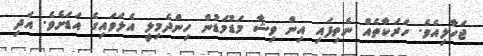
ޖަހާލިއެވެ. ހަރަކާތެއް ނެތިފައި އިން ވިޝާ މަޑުމަޑުން ހިންދެމިލީ އެލަވައިގެ އަޑަށެވެ. އަދި